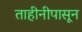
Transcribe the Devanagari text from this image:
ताहीनीपासून